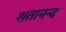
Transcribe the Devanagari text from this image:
शतानन्द